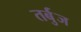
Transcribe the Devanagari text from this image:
तर्बुज